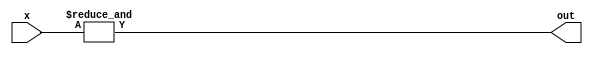
// 
// 
module ur_and(x, out);
    input [2:0] x;
    output out;

    assign out = &x;

endmodule

module ur_or(x, out);
    input [2:0] x;
    output out;

    assign out = |x;

endmodule

module ur_xor(x, out);
    input [2:0] x;
    output out;

    assign out = ^x;

endmodule